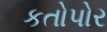
કતોપોર